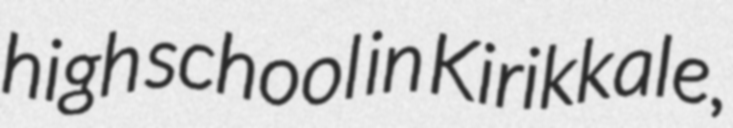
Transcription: high school in Kirikkale,